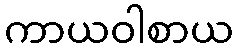
ကာယဝါစာယ